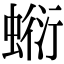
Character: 𧎘